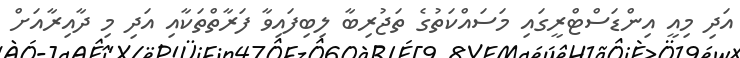
އަދި މިއީ އިންޑަސްޓްރީގައި މަސައްކަތުގެ ތަޖުރިބާ ލިބިފައިވާ ފަރާތްތަކާއި އަދި މި ދާއިރާއަށް